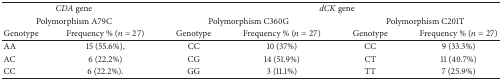
<table><thead><tr><td colspan="2"><b><i>CDA</i> gene</b></td><td colspan="4"><b><i>dCK</i> gene</b></td></tr><tr><td colspan="2"><b>Polymorphism A79C</b></td><td colspan="2"><b>Polymorphism C360G</b></td><td colspan="2"><b>Polymorphism C201T</b></td></tr><tr><td><b>Genotype</b></td><td><b>Frequency % (<i>n</i> = 27)</b></td><td><b>Genotype</b></td><td><b>Frequency % (<i>n</i> = 27)</b></td><td><b>Genotype</b></td><td><b>Frequency % (<i>n</i> = 27)</b></td></tr></thead><tbody><tr><td>AA </td><td> 15 (55.6%),</td><td>CC</td><td>10 (37%)</td><td>CC</td><td>9 (33.3%)</td></tr><tr><td>AC</td><td>6 (22.2%)</td><td>CG</td><td>14 (51.9%)</td><td>CT</td><td>11 (40.7%)</td></tr><tr><td>CC</td><td>6 (22.2%).</td><td>GG</td><td>3 (11.1%)</td><td>TT</td><td>7 (25.9%)</td></tr></tbody></table>